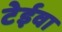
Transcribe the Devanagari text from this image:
टेईवा